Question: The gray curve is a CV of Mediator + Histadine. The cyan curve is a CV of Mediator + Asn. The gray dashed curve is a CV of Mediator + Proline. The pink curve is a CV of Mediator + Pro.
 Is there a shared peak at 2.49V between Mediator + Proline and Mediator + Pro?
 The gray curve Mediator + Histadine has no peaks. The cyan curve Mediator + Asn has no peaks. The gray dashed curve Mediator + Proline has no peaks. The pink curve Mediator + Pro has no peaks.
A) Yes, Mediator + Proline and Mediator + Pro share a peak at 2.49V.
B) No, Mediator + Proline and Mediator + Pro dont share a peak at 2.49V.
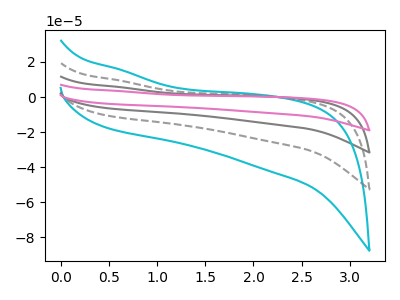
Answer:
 <answer>B) No, "Mediator + Proline" and "Mediator + Pro" dont share a peak at 2.49V.</answer>
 <eval>B</eval>